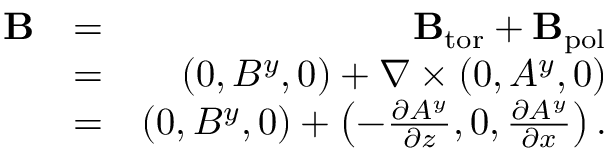
\begin{array} { r l r } { { \bf { B } } } & { = } & { { \bf { B } } _ { \mathrm { { t o r } } } + { \bf { B } } _ { \mathrm { p o l } } } \\ & { = } & { ( 0 , B ^ { y } , 0 ) + \nabla \times \left( { 0 , A ^ { y } , 0 } \right) } \\ & { = } & { ( 0 , B ^ { y } , 0 ) + \left( { - \frac { \partial A ^ { y } } { \partial z } , 0 , \frac { \partial A ^ { y } } { \partial x } } \right) . } \end{array}